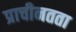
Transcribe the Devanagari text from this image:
प्राचीनतता